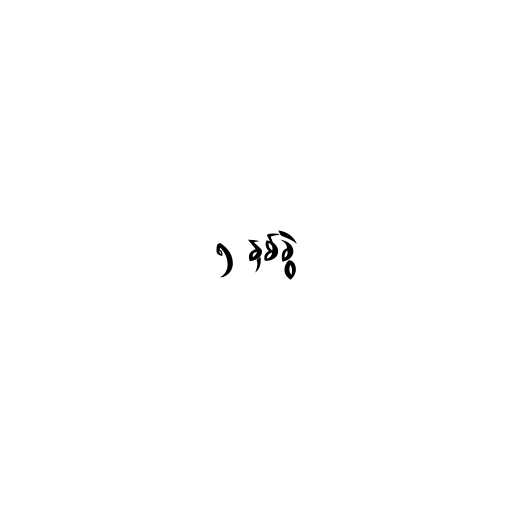
၅ နှစ်ခွဲ